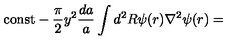
\mathrm { c o n s t } - \frac { \pi } { 2 } y ^ { 2 } \frac { d a } { a } \int d ^ { 2 } R \psi ( r ) \nabla ^ { 2 } \psi ( r ) =